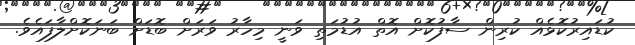
ކުޑައިރުކޮޅެއް ކުރިން ސާފުކޮށް އޮތް އުޑުމަތި ވަނީ މިހާރު ވަރަށް ބޮޑަށް ބަނަކޮށްލާފައެވެ.